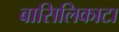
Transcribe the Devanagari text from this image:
बासिलिकाटा